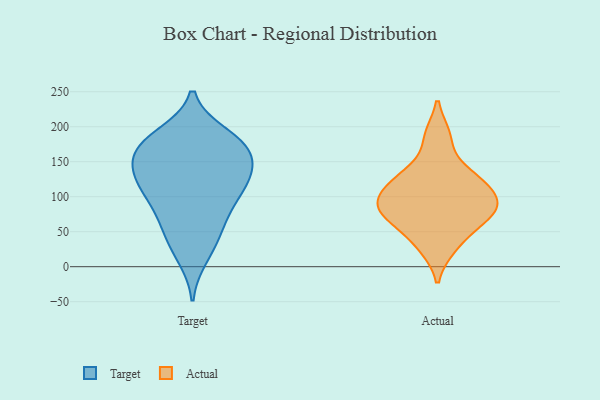
{"axis": {"x": "Bounce Rate (%)", "y": "Value"}, "legend": ["Actual", "Target"], "data": [{"x": "", "y": 58, "type": "Target"}, {"x": "", "y": 169, "type": "Target"}, {"x": "", "y": 56, "type": "Target"}, {"x": "", "y": 125, "type": "Target"}, {"x": "", "y": 108, "type": "Target"}, {"x": "", "y": 188, "type": "Target"}, {"x": "", "y": 94, "type": "Target"}, {"x": "", "y": 112, "type": "Target"}, {"x": "", "y": 81, "type": "Target"}, {"x": "", "y": 175, "type": "Target"}, {"x": "", "y": 179, "type": "Target"}, {"x": "", "y": 14, "type": "Target"}, {"x": "", "y": 124, "type": "Target"}, {"x": "", "y": 181, "type": "Target"}, {"x": "", "y": 149, "type": "Target"}, {"x": "", "y": 31, "type": "Target"}, {"x": "", "y": 139, "type": "Target"}, {"x": "", "y": 138, "type": "Target"}, {"x": "", "y": 165, "type": "Target"}, {"x": "", "y": 81, "type": "Actual"}, {"x": "", "y": 123, "type": "Actual"}, {"x": "", "y": 96, "type": "Actual"}, {"x": "", "y": 87, "type": "Actual"}, {"x": "", "y": 73, "type": "Actual"}, {"x": "", "y": 55, "type": "Actual"}, {"x": "", "y": 187, "type": "Actual"}, {"x": "", "y": 27, "type": "Actual"}, {"x": "", "y": 112, "type": "Actual"}, {"x": "", "y": 137, "type": "Actual"}]}